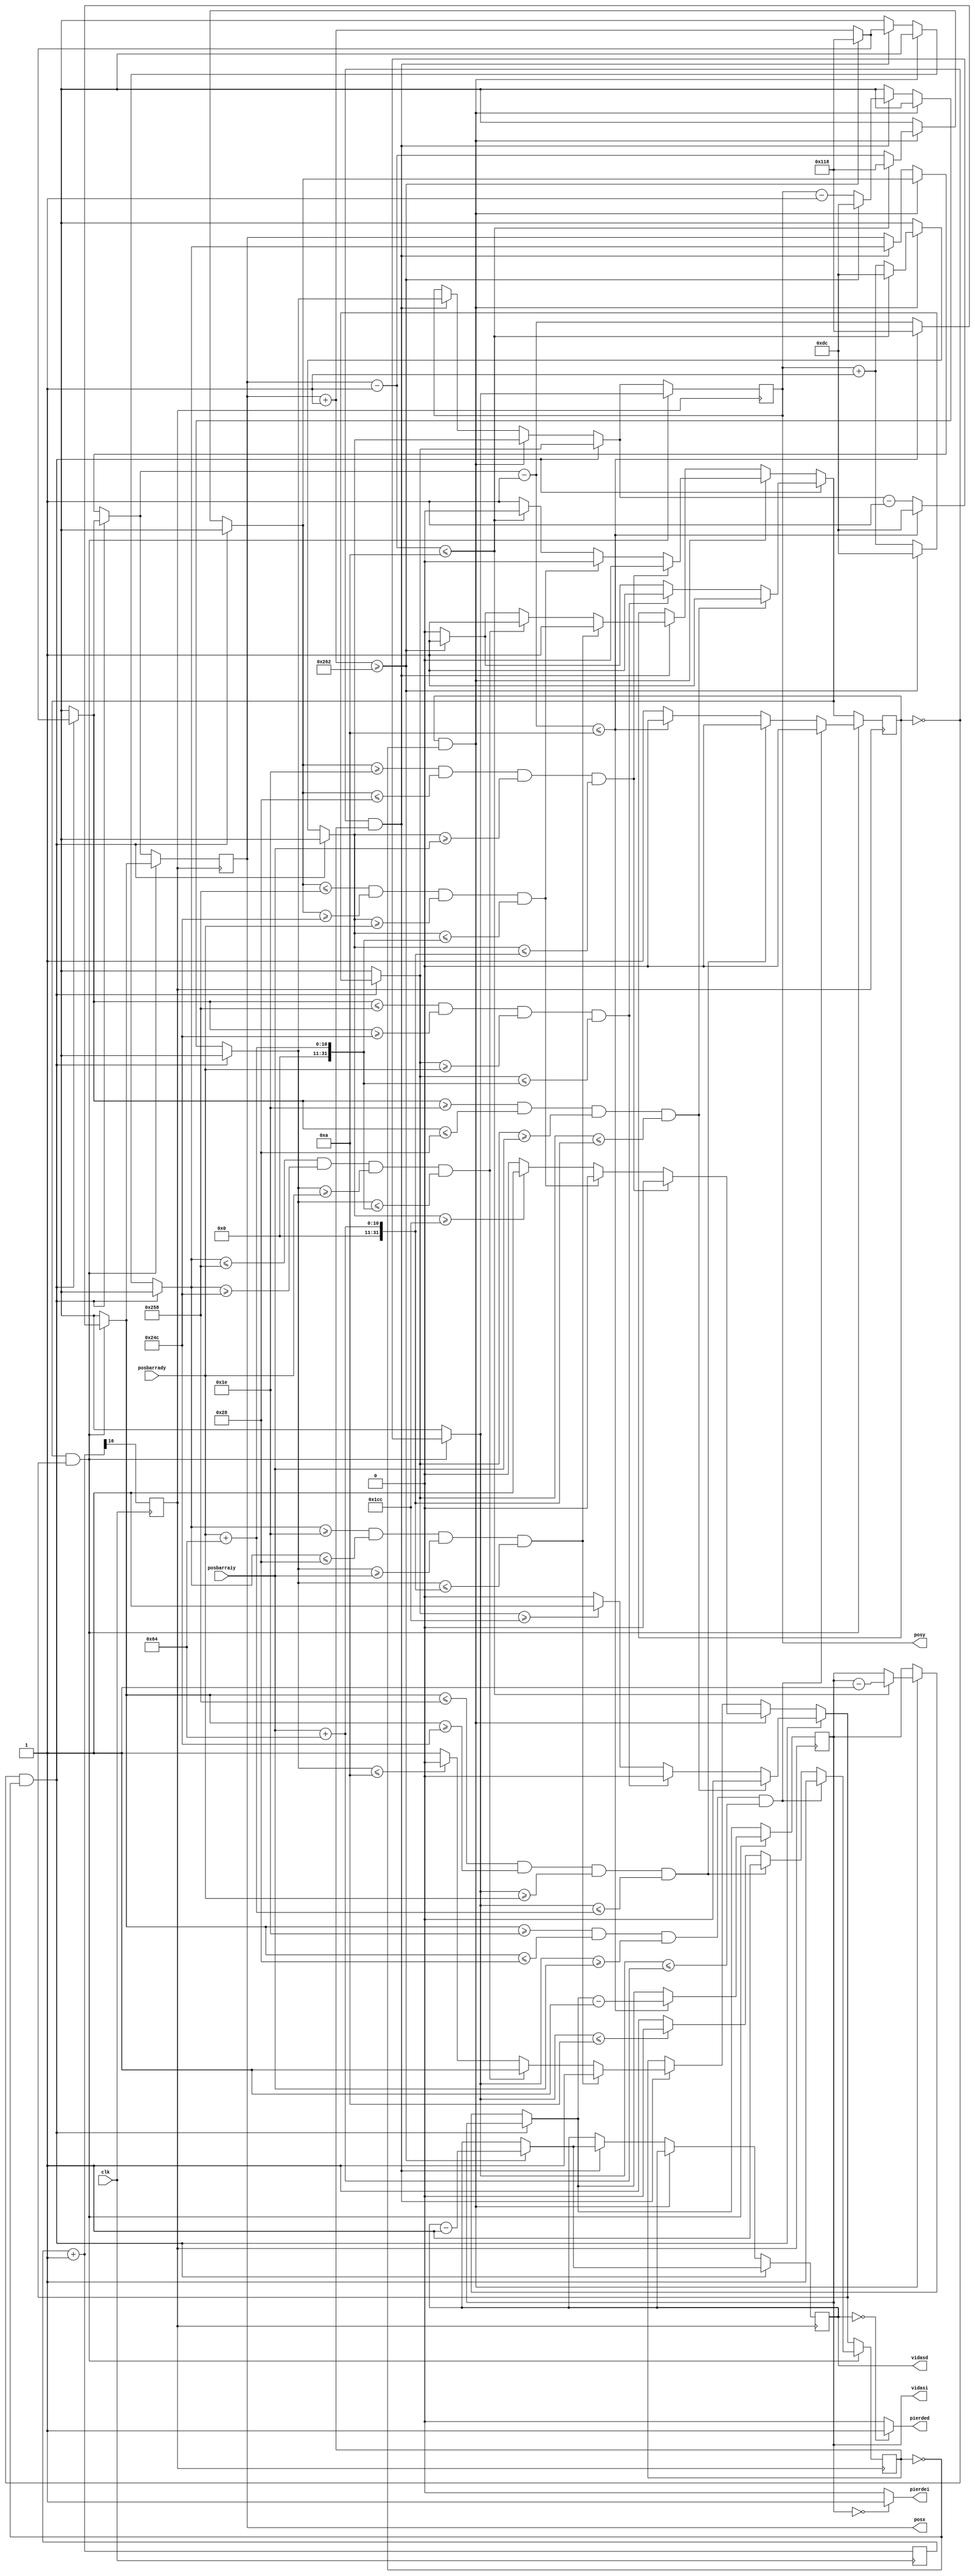
module position(clk, posx, posy, posbarraiy, posbarrady, vidasi, vidasd, pierdei, pierded);
    input clk;
    input [9:0] posbarraiy;
    input [9:0] posbarrady;
    output reg [9:0] posx=280;
    output reg [9:0] posy=220;
	output reg[2:0] vidasi=7;
	output reg[2:0] vidasd=7;
	output pierdei;
	output pierded;
    reg clk2;
    reg [18:0] temp=0;
    reg dirx=0;
    reg diry=0;
    always @(posedge clk) begin
        temp=temp+1;
        clk2=temp[16];
    end
	
	assign pierdei = (vidasi == 0 ?  1 : 0);
	assign pierded = (vidasd == 0 ?  1 : 0);
 
    always @(posedge clk2) begin
        // Golpea diagonal abajo derecha
        if (dirx==0 & diry==0) begin
            posx=posx+1;
            posy=posy+1;
            if (posx>=610) begin
				posx=280;
				posy=220;
				vidasd=vidasd-1;
				dirx=1;
			end
            else dirx=0;
            if (posy>=460) diry=1;
            else diry=0;
 
            // Golpe Con la barra de la derecha
            if(posx>=30 & posx<=40 & posy>=posbarraiy & posy<=posbarraiy+100) 
            begin
            dirx=1;
            diry=0;
            end
            else if(posx<=600 & posx>=588 & posy>=posbarrady & posy<=posbarrady+100)
            begin
            dirx=1;
            diry=0;
            end
        end
 
        else if (dirx==1 & diry==0) begin
            posx=posx-1;
            posy=posy+1;
            if (posx<=10) begin
				posx=280;
				posy=220;
				vidasi=vidasi-1;
				dirx=0;
			end
            else dirx=1;
            if (posy>=460) diry=1;
            else diry=0;
 
			//Golpe con la barra de la izquierda
            if(posx>=30 & posx<=40 & posy>=posbarraiy & posy<=posbarraiy+100) 
            begin
            dirx=0;
            diry=0;
            end
            else if(posx<=600 & posx>=588 & posy>=posbarrady & posy<=posbarrady+100)
            begin
            dirx=0;
            diry=0;
            end
 
        end
        else if (dirx==0 & diry==1) begin
            posx=posx+1;
            posy=posy-1;
            if (posx>=610) begin
				posx=280;
				posy=220;
				vidasd=vidasd-1;
				dirx=1;
			end
            else dirx=0;
            if (posy<=10) diry=0;
            else diry=1;
 
            if(posx>=30 & posx<=40 & posy>=posbarraiy & posy<=posbarraiy+100) 
            begin
            dirx=1;
            diry=1;
            end
            else if(posx<=600 & posx>=588 & posy>=posbarrady & posy<=posbarrady+100)
            begin
            dirx=1;
            diry=1;
            end
 
        end
        if (dirx==1 & diry==1) begin
            posx=posx-1;
            posy=posy-1;
            if (posx<=10)begin
				posx=280;
				posy=220;
				vidasi=vidasi-1;
				dirx=0;
			end
            else dirx=1;
            if (posy<=10) diry=0;
            else diry=1;
 
            if(posx>=30 & posx<=40 & posy>=posbarraiy & posy<=posbarraiy+100) 
            begin
            dirx=0;
            diry=1;
            end
            else if(posx<=600 & posx>=588 & posy>=posbarrady & posy<=posbarrady+100)
            begin
            dirx=0;
            diry=1;
            end
        end        
    end
 
endmodule